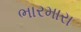
ભારમારા